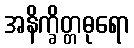
အနိက္ခိတ္တဓုရော